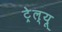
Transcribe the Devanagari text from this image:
ट्रेल्यू